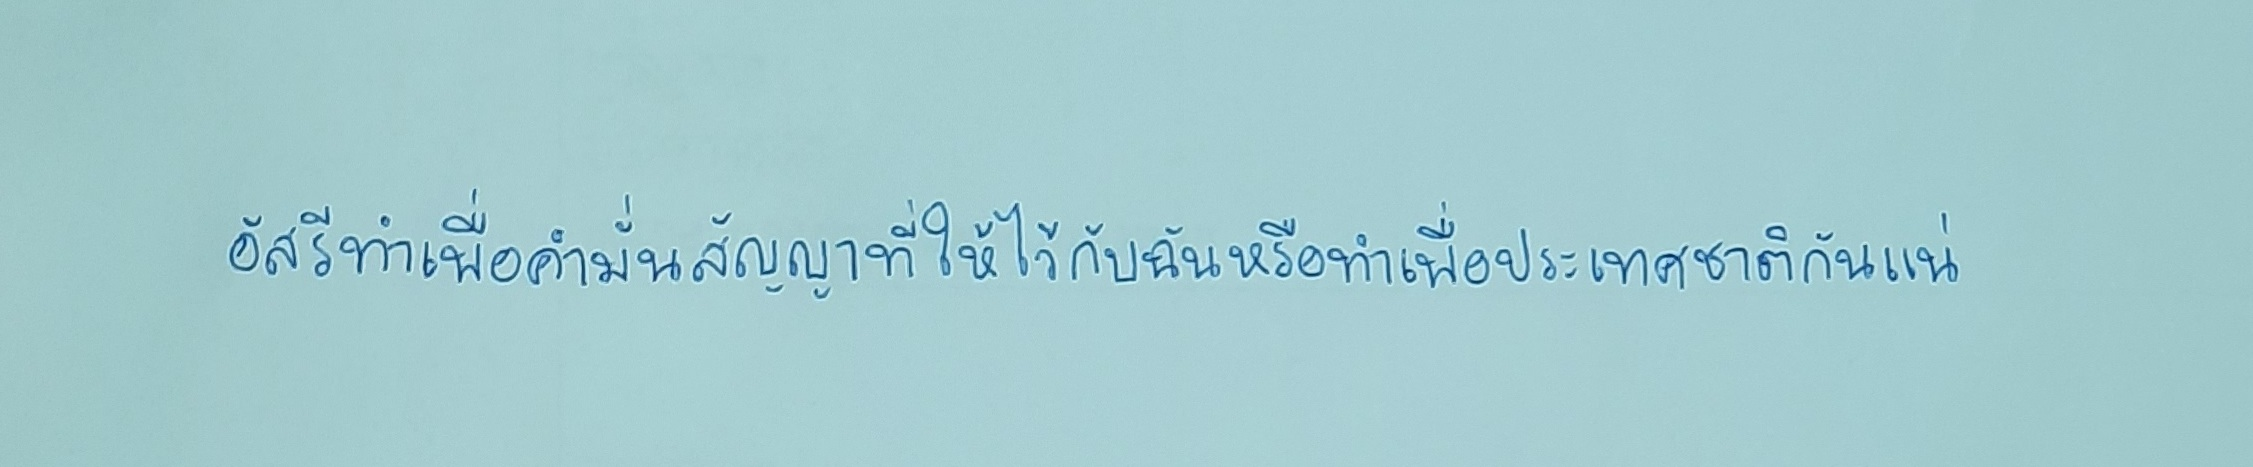
อัสรีทำเพื่อคำมั่นสัญญาที่ให้ไว้กับฉันหรือทำเพื่อประเทศชาติกันแน่